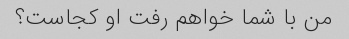
من با شما خواهم رفت او کجاست؟